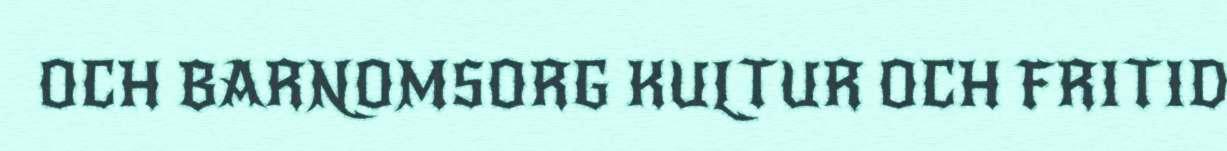
OCH BARNOMSORG KULTUR OCH FRITID